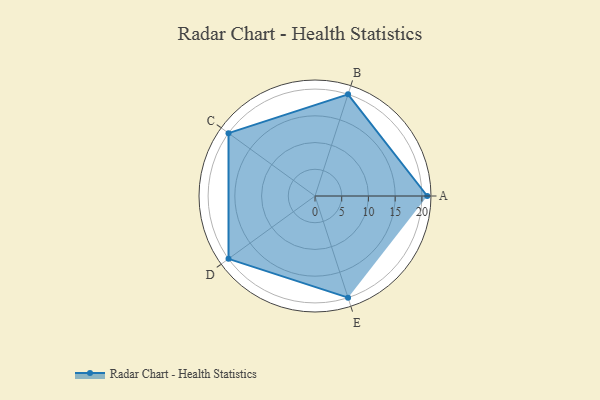
{"axis": {"x": "Skill", "y": "Score"}, "legend": ["Profile"], "data": [{"x": "A", "y": 21.0, "type": "Profile"}, {"x": "B", "y": 20, "type": "Profile"}, {"x": "C", "y": 20, "type": "Profile"}, {"x": "D", "y": 20, "type": "Profile"}, {"x": "E", "y": 20, "type": "Profile"}]}